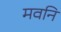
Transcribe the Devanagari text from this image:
मवनि